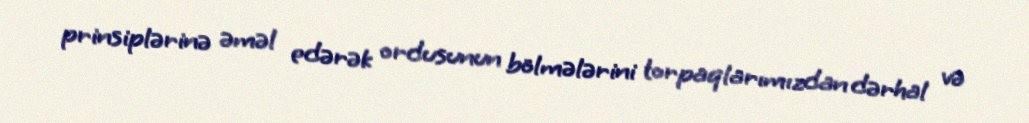
prinsiplərinə əməl edərək ordusunun bölmələrini torpaqlarımızdan dərhal və